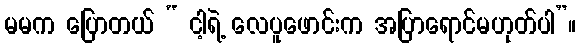
မမက ပြောတယ် “ ငါ့ရဲ့ လေပူဖောင်းက အပြာရောင်မဟုတ်ပါ”။